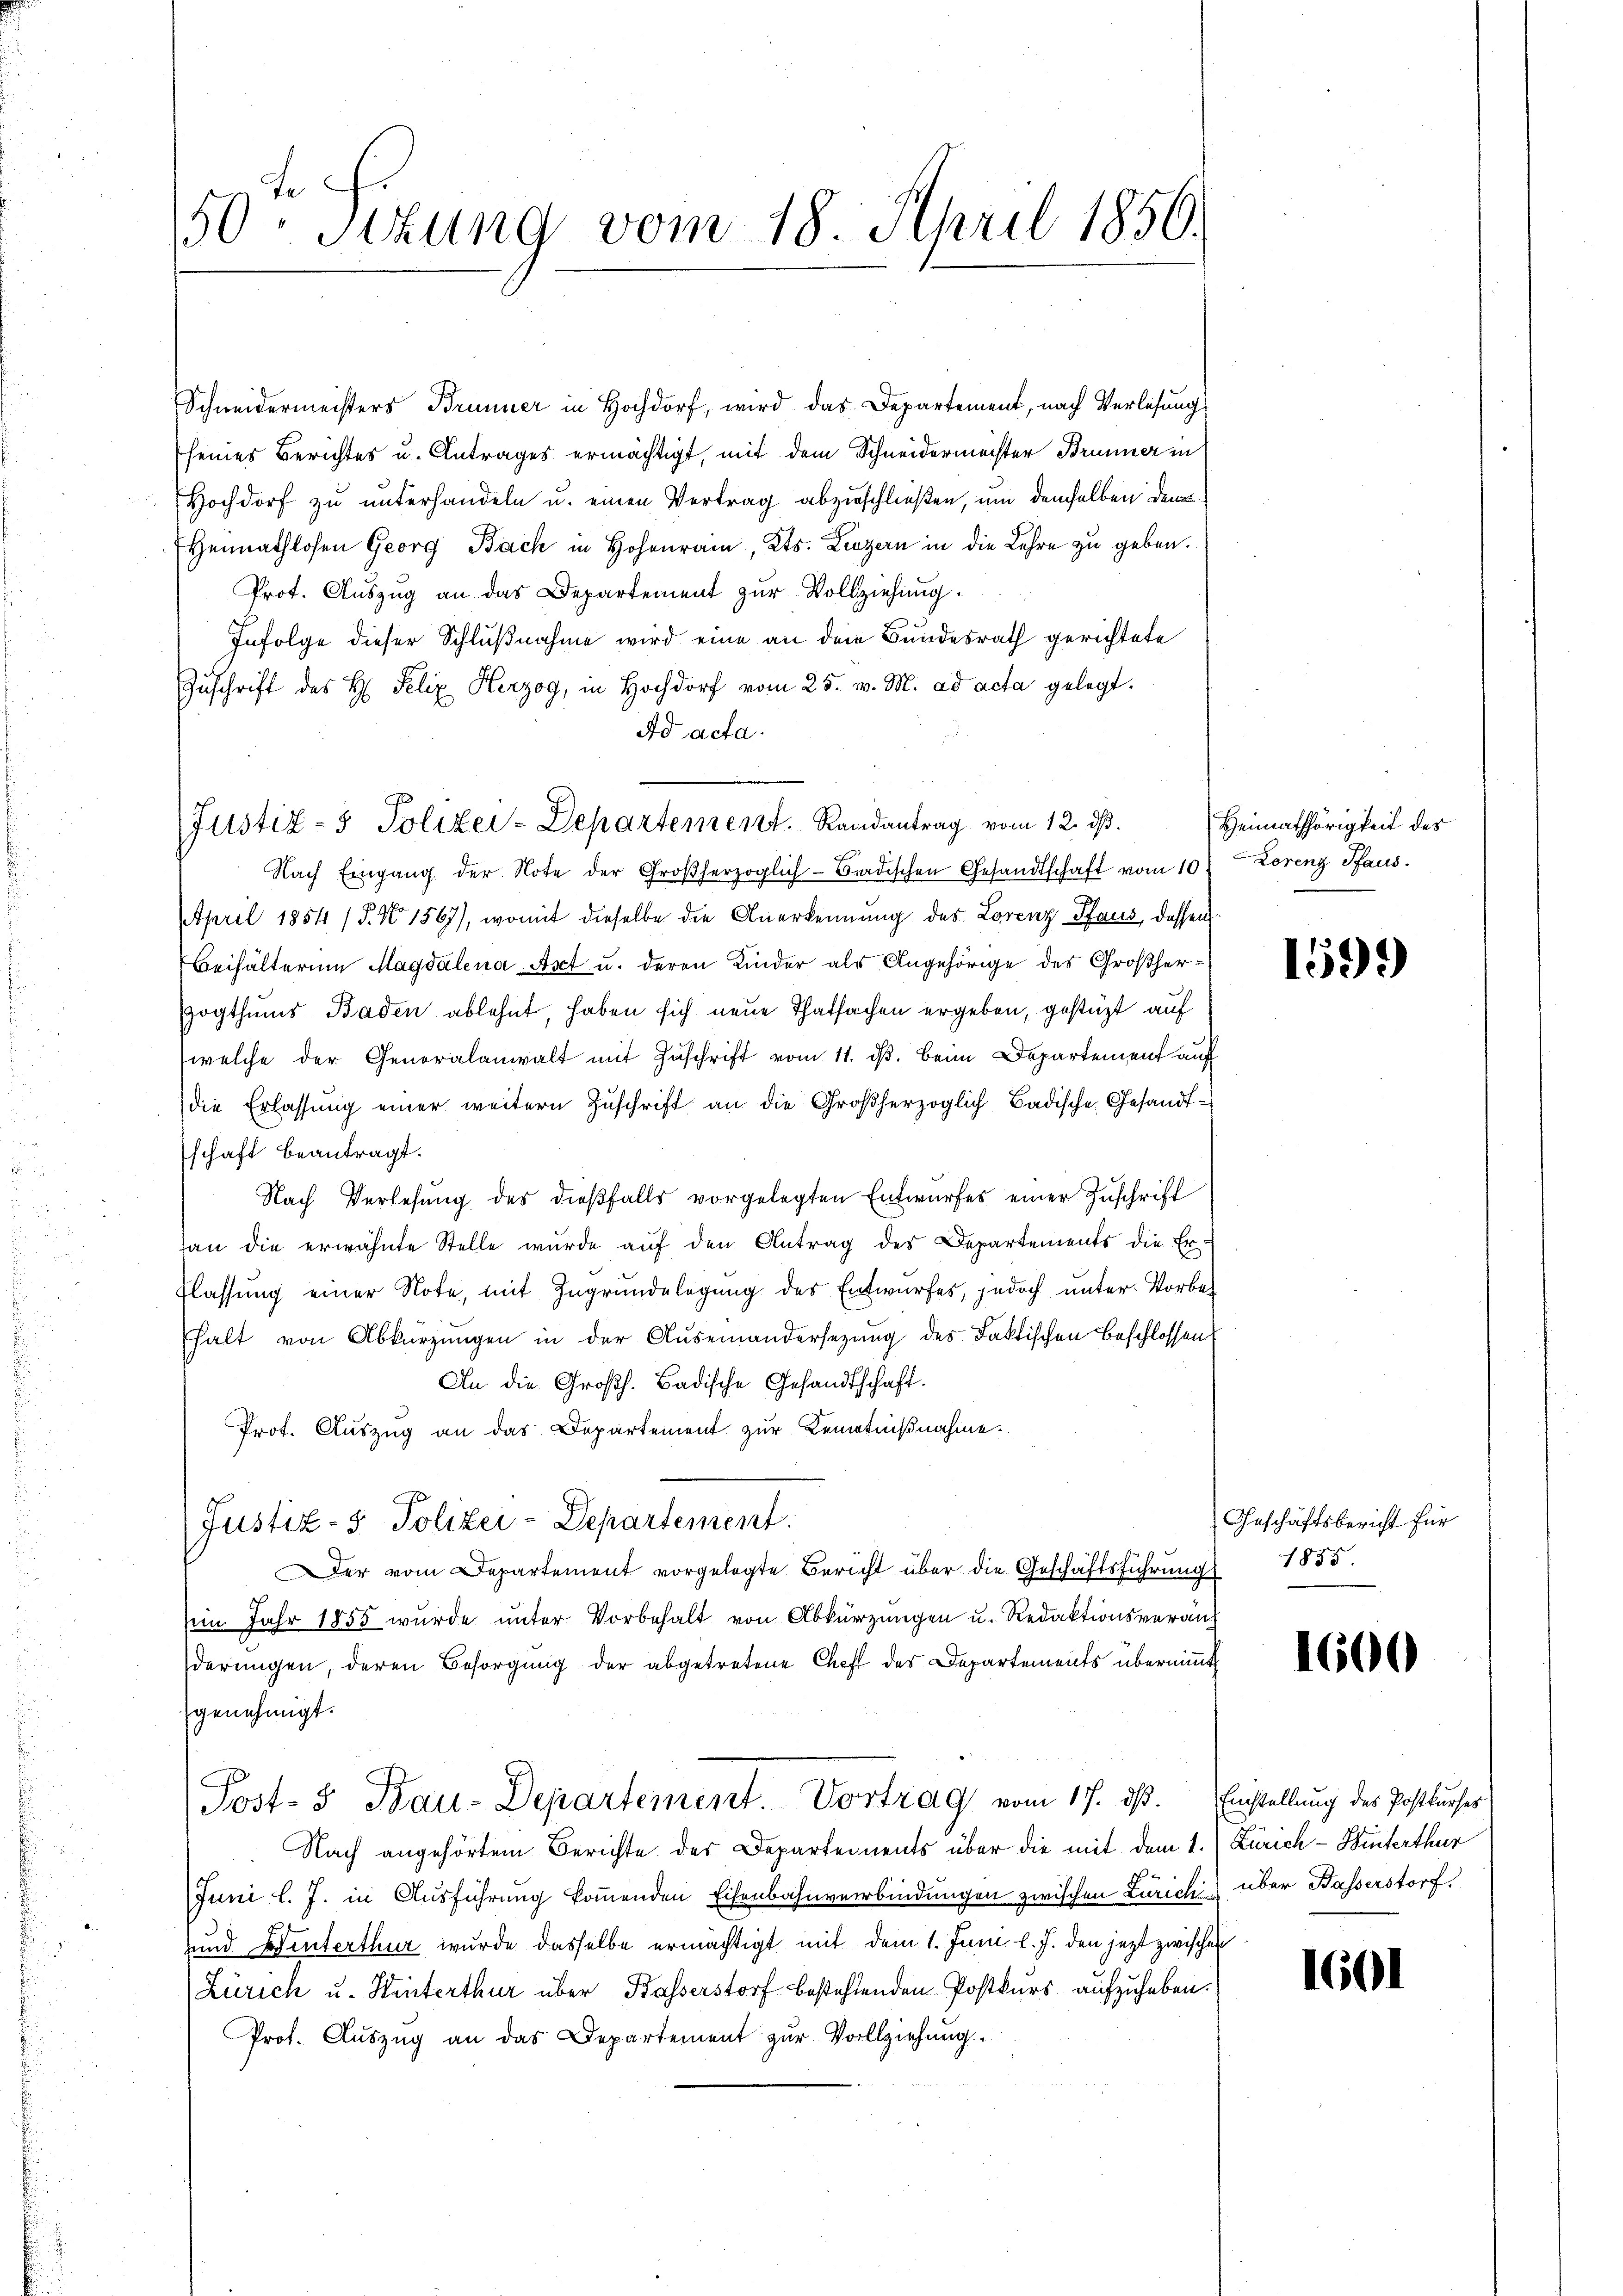
50. Sitzung vom 18. April 1850.

Schneidermeisters Brunner in Hochdorf, wird das Departement, nach Verlesung
seines Berichtes u. Antrages ermächtigt, mit dem Schneidermöchter Brunner in
Hochdorf zu unterhandeln u. einen Vertrag abzuschließen, um demselben den
Heimathlosen Georg Bach in Hohen, Kts. Luzern in die Lehre zu geben.
Prof. Auszug an das Departement zur Vollziehung
Infolge dieser Schlußnahme wird eine an dem Bundesrath gerichtete
Zuschrift des H. Felix Herzog, in Hochdorf vom 25. v. M. ad acta gelegt.
Ad acta.
Nach Eingang der Note der Großherzoglich-Badischen Gesandtschaft vom 10.
April 1854 (§. No 1567), womit dieselbe die Anerkennung des Lorenz Pfaus, dassen
Beihälterung Magdalena Art u. deren Kinder als Angehörige des Großherogthums Baden ablehnt, haben sich neue Thatsachen ergeben, gestüzt auf
welche der Generalanwalt mit Zuschrift vom 11. dβ. beim Departement auf
die Erlassung einer weitern Zuschrift an die Großherzoglich Badische Gesandtschaft beantragt.
Nach Verlesung des dießfalls vorgelegten Entwurfes einer Zuschrift
an die erwähnte Stelle wurde aŭf den Antrag des Departements die Er-
flassung einer Note, mit Zugrundelegung des Entwurfes, jedoch unter Vorbe-
halt von Abkürzungen in der Auseinandersezung des Faktischen Beschlossen
An die Großh. Badische Gesandtschaft.
Prot. Auszug an das Departement zur Kenntnißnahme.
Justiz- & Polizei-Departement.
Der vom Departement vorgelegte Bericht über die Geschäftsführung 1855.
in Jahr 1855 wurde unter Vorbehalt von Abkürzungen u. Redaktionsverauf
derungen, deren Besorgung der abgetretene Chef des Departements übernimmt
genehmigt.
Post- & Bau-Departement. Vortrag vom 17. dß. Einstellung des Postkurses
Nach angehörtem Berichte des Departements über die mit dem 1. (Zürich - Hinterthur
Juni l. J. in Ausführung kommenden Eisenbahnverbindungen zwischen Zürich über Hasserstorf.
und Winterthur wurde dasselbe ermächtigt mit dem 1. Juni l. J. den jezt zwischen
Zürich u. Hinterthur über Basserstorf bestehenden Postkurs aufzuheben.
Prof. Auszug an das Departement zur Vollziehung.

Justiz- & Polizei-Departement. Randantrag vom 12. ds.

Heimathörigkeit des
Lorenz Pfaus.

1599

Geschäftsbericht für

1600

1601